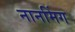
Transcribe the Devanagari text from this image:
नानमिंग